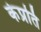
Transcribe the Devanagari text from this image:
केप्रति